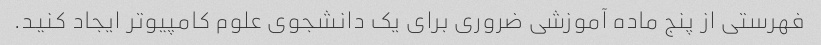
فهرستی از پنج ماده آموزشی ضروری برای یک دانشجوی علوم کامپیوتر ایجاد کنید.